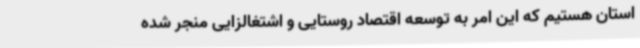
استان هستیم که این امر به توسعه اقتصاد روستایی و اشتغالزایی منجر شده